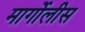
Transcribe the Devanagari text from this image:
मार्गोलीस